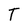
Character: T